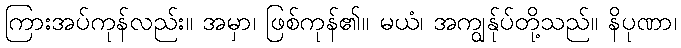
ကြားအပ်ကုန်လည်း။ အမှာ၊ ဖြစ်ကုန်၏။ မယံ၊ အကျွန်ုပ်တို့သည်။ နိပုဏာ၊